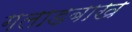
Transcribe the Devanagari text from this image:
गलाडबाख